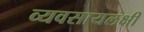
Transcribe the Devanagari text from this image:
व्यवसायलक्षी